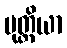
မုတ္တိယာ